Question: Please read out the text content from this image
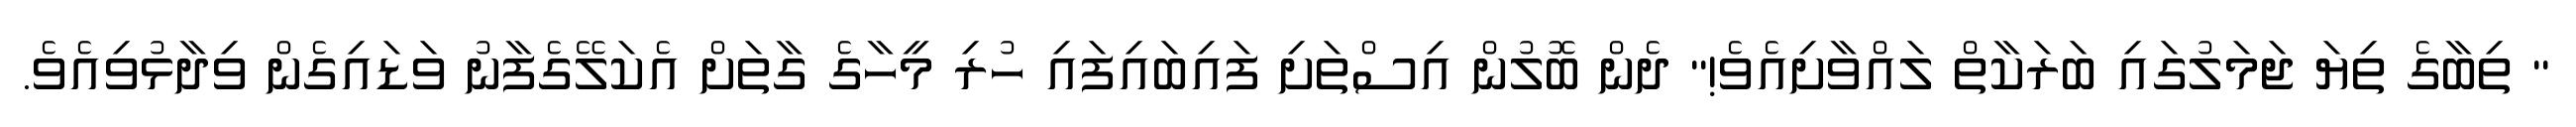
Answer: " ތިބާގެ ތިޔަ ޖަމަލުގައި ބަރަކާތް ލައްވާށިއެވެ!" ދެން ބޮލުން އިސްތަށި ފައިބައިފައި ހުރި މީހާގެ ގާތަށް އެކަލޭގެފާނު ވަޑައިގެން ވިދާޅުވިއެވެ.